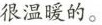
很温暖的。细